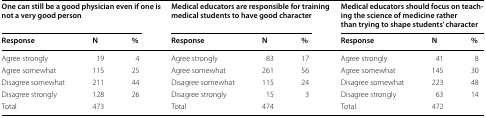
<table><thead><tr><td colspan="3"><b>One can still be a good physician even if one is not a very good person</b></td><td colspan="3"><b>Medical educators are responsible for training medical students to have good character</b></td><td colspan="3"><b>Medical educators should focus on teaching the science of medicine rather than trying to shape students’ character</b></td></tr><tr><td><b>Response</b></td><td><b>N</b></td><td><b>%</b></td><td><b>Response</b></td><td><b>N</b></td><td><b>%</b></td><td><b>Response</b></td><td><b>N</b></td><td><b>%</b></td></tr></thead><tbody><tr><td>Agree strongly</td><td>19</td><td>4</td><td>Agree strongly</td><td>83</td><td>17</td><td>Agree strongly</td><td>41</td><td>8</td></tr><tr><td>Agree somewhat</td><td>115</td><td>25</td><td>Agree somewhat</td><td>261</td><td>56</td><td>Agree somewhat</td><td>145</td><td>30</td></tr><tr><td>Disagree somewhat</td><td>211</td><td>44</td><td>Disagree somewhat</td><td>115</td><td>24</td><td>Disagree somewhat</td><td>223</td><td>48</td></tr><tr><td>Disagree strongly</td><td>128</td><td>26</td><td>Disagree strongly</td><td>15</td><td>3</td><td>Disagree strongly</td><td>63</td><td>14</td></tr><tr><td>Total</td><td>473</td><td></td><td>Total</td><td>474</td><td></td><td>Total</td><td>472</td><td></td></tr></tbody></table>